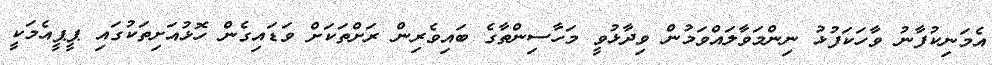
އެމަނިކުފާނު ވާހަކަފުޅު ނިންމަވާލައްވަމުން ވިދާޅުވީ މަހާސިންތާގެ ބައިވެރިން ރަށްތަކަށް ވަޑައިގެން ހޮޅުއަށިތަކުގައި ޕީޕީއެމަކީ